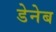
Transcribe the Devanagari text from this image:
डेनेब